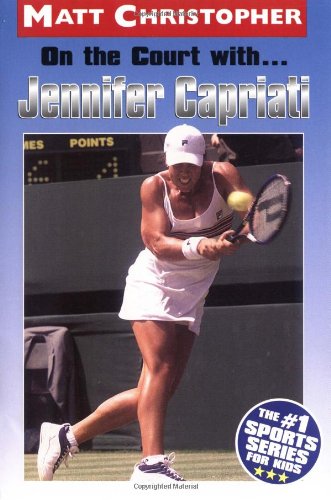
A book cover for On the Court with ... Jennifer Capriati (Matt Christopher Sports Biographies); Matt Christopher; Children's Books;